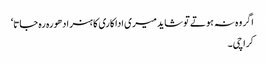
اگر وہ نہ ہوتے تو شاید میری اداکاری کا ہنر ادھورہ رہ جاتا‘
کراچی۔